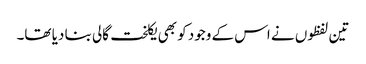
تین لفظوں نے اس کے وجود کو بھی یکلخت گالی بنا دیا تھا۔